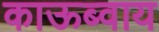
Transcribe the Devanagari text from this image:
काऊब्वाय